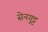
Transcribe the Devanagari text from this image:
सेनगुट्ट